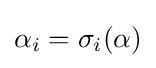
\alpha _{i}=\sigma _{i}(\alpha )